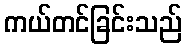
ကယ်တင်ခြင်းသည်